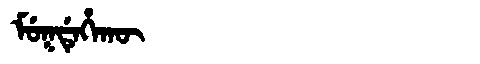
Manchu: ᠮᡠᡴᡩᡝᡥᠠᡴᡡ
Romanization: MUKDEHAKŪ